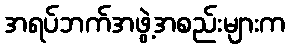
အရပ်ဘက်အဖွဲ့အစည်းများက